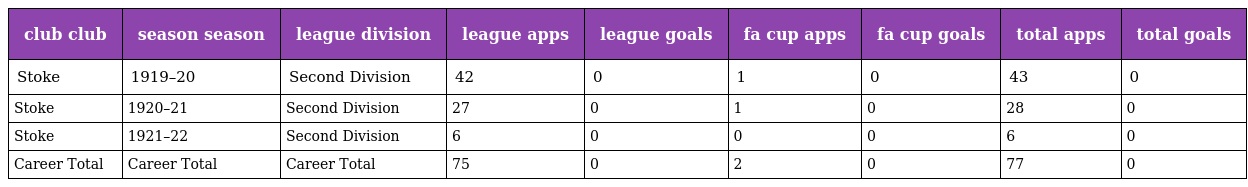
| club club | season season | league division | league apps | league goals | fa cup apps | fa cup goals | total apps | total goals |
 | --- | --- | --- | --- | --- | --- | --- | --- | --- |
 | Stoke | 1919–20 | Second Division | 42 | 0 | 1 | 0 | 43 | 0 |
 | Stoke | 1920–21 | Second Division | 27 | 0 | 1 | 0 | 28 | 0 |
 | Stoke | 1921–22 | Second Division | 6 | 0 | 0 | 0 | 6 | 0 |
 | Career Total | Career Total | Career Total | 75 | 0 | 2 | 0 | 77 | 0 |